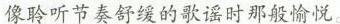
像聆听节奏舒缓的歌谣时那般愉悦。